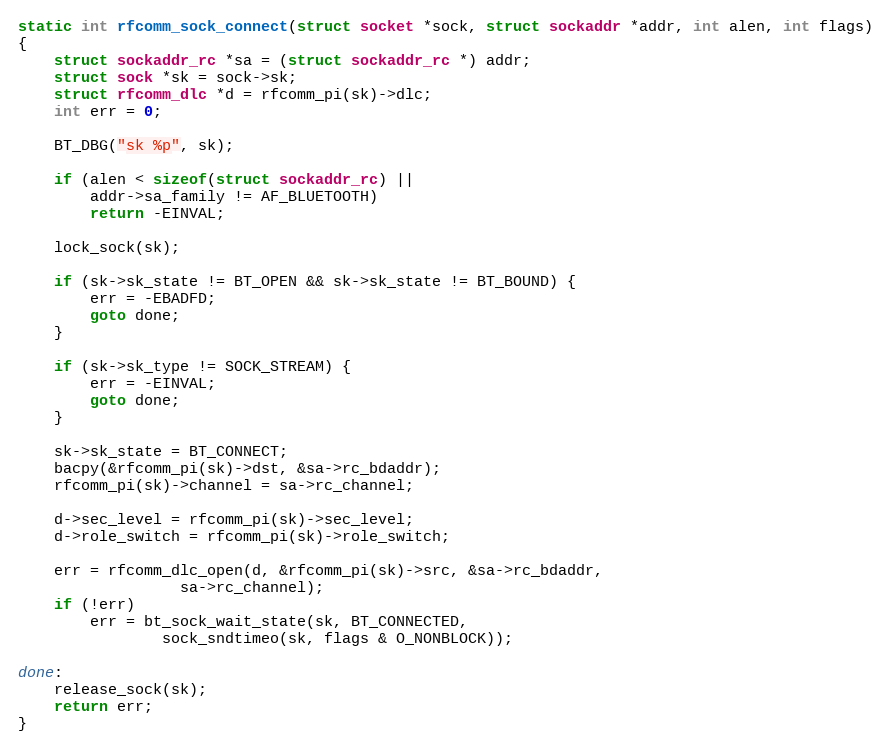
Language: C
static int rfcomm_sock_connect(struct socket *sock, struct sockaddr *addr, int alen, int flags)
{
	struct sockaddr_rc *sa = (struct sockaddr_rc *) addr;
	struct sock *sk = sock->sk;
	struct rfcomm_dlc *d = rfcomm_pi(sk)->dlc;
	int err = 0;

	BT_DBG("sk %p", sk);

	if (alen < sizeof(struct sockaddr_rc) ||
	    addr->sa_family != AF_BLUETOOTH)
		return -EINVAL;

	lock_sock(sk);

	if (sk->sk_state != BT_OPEN && sk->sk_state != BT_BOUND) {
		err = -EBADFD;
		goto done;
	}

	if (sk->sk_type != SOCK_STREAM) {
		err = -EINVAL;
		goto done;
	}

	sk->sk_state = BT_CONNECT;
	bacpy(&rfcomm_pi(sk)->dst, &sa->rc_bdaddr);
	rfcomm_pi(sk)->channel = sa->rc_channel;

	d->sec_level = rfcomm_pi(sk)->sec_level;
	d->role_switch = rfcomm_pi(sk)->role_switch;

	err = rfcomm_dlc_open(d, &rfcomm_pi(sk)->src, &sa->rc_bdaddr,
			      sa->rc_channel);
	if (!err)
		err = bt_sock_wait_state(sk, BT_CONNECTED,
				sock_sndtimeo(sk, flags & O_NONBLOCK));

done:
	release_sock(sk);
	return err;
}